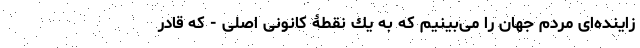
زاينده‌ای مردم جهان را می‌بينيم كه به يك نقطۀ كانونی اصلی - كه قادر